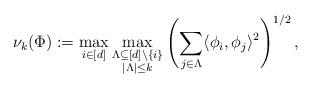
LaTeX: \begin{align*} \nu_k(\Phi):= \max_{i\in[d]}\max_{\substack{\Lambda\subseteq[d]\setminus\{i\} \\ |\Lambda| \le k}} \left( \sum_{j\in\Lambda} \langle \phi_i,\phi_j \rangle^2 \right)^{1/2}, \end{align*}